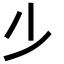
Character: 𣥂